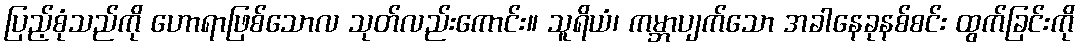
ပြည့်စုံသည်ကို ဟောရာဖြစ်သောလ သုတ်လည်းကောင်း။ သူရိယံ၊ ကမ္ဘာပျက်သော အခါနေခုနစ်စင်း ထွက်ခြင်းကို